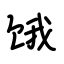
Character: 饿